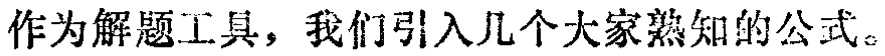
作为解题工具，我们引入几个大家熟知的公式。